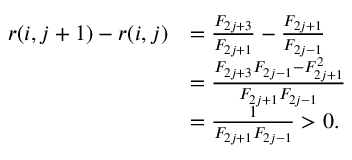
\begin{array} { r l } { r ( i , j + 1 ) - r ( i , j ) } & { = { \frac { F _ { 2 j + 3 } } { F _ { 2 j + 1 } } } - { \frac { F _ { 2 j + 1 } } { F _ { 2 j - 1 } } } } \\ & { = { \frac { F _ { 2 j + 3 } F _ { 2 j - 1 } - F _ { 2 j + 1 } ^ { 2 } } { F _ { 2 j + 1 } F _ { 2 j - 1 } } } } \\ & { = { \frac { 1 } { { F _ { 2 j + 1 } F _ { 2 j - 1 } } } } > 0 . } \end{array}